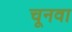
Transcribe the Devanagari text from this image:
चूनवा